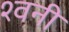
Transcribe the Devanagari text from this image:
श्वनी